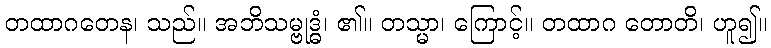
တထာဂတေန၊ သည်။ အဘိသမ္ဗုဒ္ဓံ၊ ၏။ တသ္မာ၊ ကြောင့်။ တထာဂ တောတိ၊ ဟူ၍။